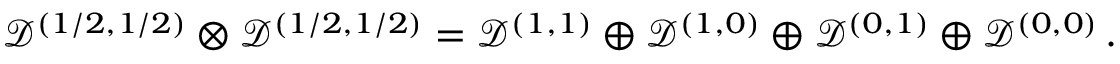
{ \mathcal D } ^ { ( 1 / 2 , 1 / 2 ) } \otimes { \mathcal D } ^ { ( 1 / 2 , 1 / 2 ) } = { \mathcal D } ^ { ( 1 , 1 ) } \oplus { \mathcal D } ^ { ( 1 , 0 ) } \oplus { \mathcal D } ^ { ( 0 , 1 ) } \oplus { \mathcal D } ^ { ( 0 , 0 ) } \, .